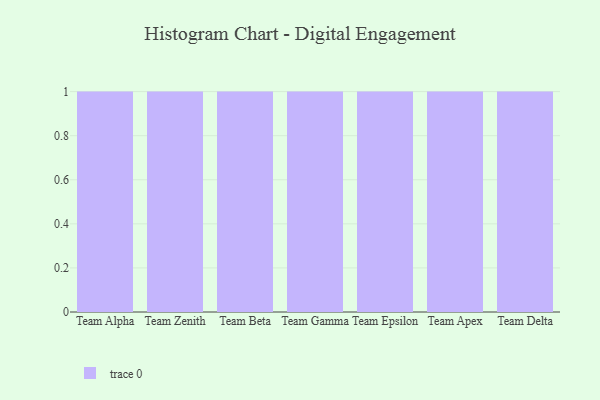
{"axis": {"x": "Team", "y": "Population (Million)"}, "legend": [""], "data": [{"x": "Team Alpha", "y": 12, "type": ""}, {"x": "Team Zenith", "y": 43, "type": ""}, {"x": "Team Beta", "y": 4, "type": ""}, {"x": "Team Gamma", "y": 55, "type": ""}, {"x": "Team Epsilon", "y": 72, "type": ""}, {"x": "Team Apex", "y": 1, "type": ""}, {"x": "Team Delta", "y": 57, "type": ""}]}